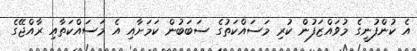
އެ ކުންފުނީގެ މުވައްޒަފުން ކުރި މަސައްކަތުގެ ސަބަބުން ކަމަށާއި އެ މަސައްކަތާއި ރާއްޖޭގެ